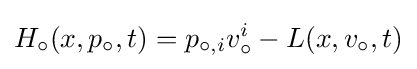
H_{\circ }(x,p_{\circ },t)=p_{\circ ,i}v_{\circ }^{i}-L(x,v_{\circ },t)